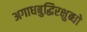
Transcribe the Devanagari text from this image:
अगाधबुद्धिरक्षुब्धो